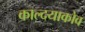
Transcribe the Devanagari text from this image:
काल्दयाकोव